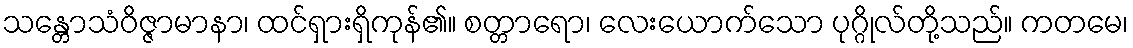
သန္တောသံဝိဇ္ဇာမာနာ၊ ထင်ရှားရှိကုန်၏။ စတ္တာရော၊ လေးယောက်သော ပုဂ္ဂိုလ်တို့သည်။ ကတမေ၊